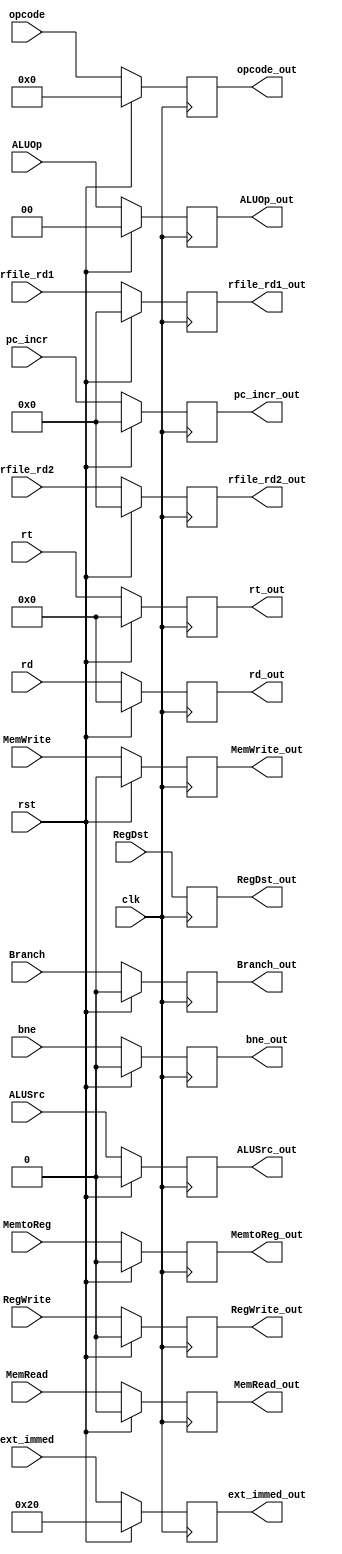
module reg_ID_EX( opcode, clk, rst, RegDst, ALUSrc, ALUOp, MemRead, MemWrite, Branch, MemtoReg, RegWrite, bne,
                  rfile_rd1, rfile_rd2, ext_immed, rt, rd, pc_incr,
                   opcode_out, RegDst_out, ALUSrc_out, ALUOp_out, MemRead_out, MemWrite_out, Branch_out, MemtoReg_out,RegWrite_out, bne_out,
                  rfile_rd1_out , rfile_rd2_out, ext_immed_out, rt_out, rd_out, pc_incr_out );
  // immed 32 bit => 6bit func, 26bit offset
  input clk, rst, RegDst, ALUSrc, MemRead, MemWrite, Branch, MemtoReg, RegWrite, bne;
  input [1:0]  ALUOp;
  input [4:0]  rt, rd ;
  input [31:0] ext_immed, rfile_rd1, rfile_rd2, pc_incr ; // ID_instr = PC+4
  input[5:0] opcode;
  output reg [5:0] opcode_out;
  output reg RegDst_out, ALUSrc_out, MemRead_out, MemWrite_out, Branch_out, MemtoReg_out, RegWrite_out, bne_out; // output reg 
  output reg [1:0]  ALUOp_out;
  output reg [4:0] rt_out, rd_out ;
  output reg [31:0] ext_immed_out, rfile_rd1_out, rfile_rd2_out, pc_incr_out ;

    always @(posedge clk) begin
		if (rst) begin
 
			pc_incr_out <= 32'd0;
      opcode_out <= 6'd0;
            RegDst_out <= RegDst;
            ALUSrc_out <= 0;
            ALUOp_out <= 2'd0;
            MemWrite_out <=0;
            Branch_out <= 0;
            MemRead_out <= 0;
            MemtoReg_out <= 0;
            RegWrite_out <= 0;
            ext_immed_out <= 32;
            rt_out <= 5'd0;
            rd_out <= 5'd0;
            rfile_rd1_out <= 32'd0;
            rfile_rd2_out <= 32'd0;
            bne_out <= 1'd0;
		end
        else begin
  opcode_out <= opcode;
            RegDst_out <= RegDst;
            ALUSrc_out <= ALUSrc;
            ALUOp_out <= ALUOp;
            MemRead_out <= MemRead;
            MemWrite_out <= MemWrite;
            Branch_out <= Branch;
            MemtoReg_out <= MemtoReg;
            RegWrite_out <= RegWrite;
            ext_immed_out <= ext_immed;
            rt_out <= rt;
            rd_out <= rd;
            rfile_rd1_out <= rfile_rd1;
            rfile_rd2_out <= rfile_rd2;
            pc_incr_out <= pc_incr; // this
            bne_out = bne;
        end
		
	end

endmodule